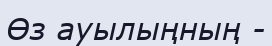
Өз ауылыңның -